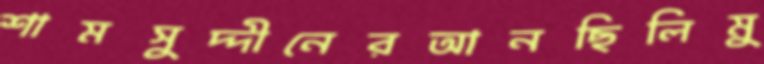
শামসুদ্দীনেরআনছিলিমু